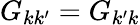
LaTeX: G_{kk^{\prime}}=G_{k^{\prime}k}